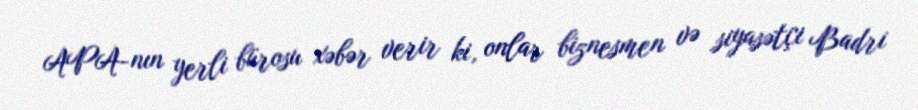
APA-nın yerli bürosu xəbər verir ki, onlar biznesmen və siyasətçi Badri